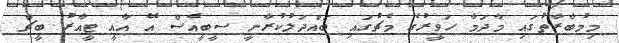
މިމުބާރާތުގައި މާދަމާ ހަވީރުގެ މެޗުގައި ބައްދަލުކުރާނީ ސީބީއެސް އޭ އާއީ ޓީއާރު ބީޗް